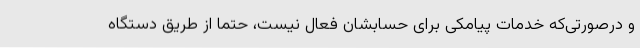
و درصورتی‌که خدمات پیامکی برای حسابشان فعال نیست، حتما از طریق دستگاه